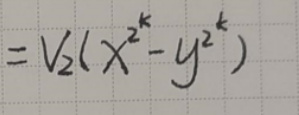
\[=\frac{1}{2}(x^{2^{k}} - y^{2^{k}})\]